Indian journal of veterinary science and animal husbandry - Volume 12,
Year: 1942
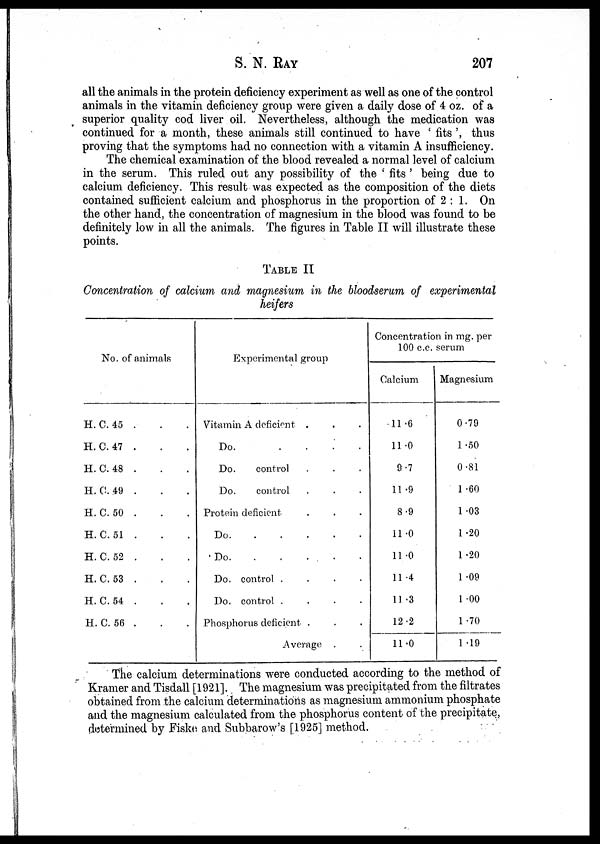
S. N. RAY 207
all the animals in the protein deficiency experiment as well as one of the control
animals in the vitamin deficiency group were given a daily dose of 4 oz. of a
superior quality cod liver oil. Nevertheless, although the medication was
continued for a month, these animals still continued to have ' fits ', thus
proving that the symptoms had no connection with a vitamin A insufficiency.
The chemical examination of the blood revealed a normal level of calcium
in the serum. This ruled out any possibility of the ' fits ' being due to
calcium deficiency. This result was expected as the composition of the diets
contained sufficient calcium and phosphorus in the proportion of 2 : 1. On
the other hand, the concentration of magnesium in the blood was found to be
definitely low in all the animals. The figures in Table II will illustrate these
points.
TABLE II
Concentration of calcium and magnesium in the bloodserum of experimental
heifers
No. of animals
H. C. 45 . . .
H. C. 47 . . .
H. C. 48 . . .
H. C. 49 . . .
H. C. 50. . .
H. C. 51 . . .
H. C. 52 . . .
H. C. 53 . . .
H. C. 54 . . .
H. C. 56. . .
Experimental group
Vitamin A deficient. . .
Do.
....
Do.
control ....
Do.
control ....
Protein deficient ....
Do
Do
Do. control
....
Do. control
....
Phosphorus deficient ...
Average....
Concentration in mg. per
100 c.c. serum
Calcium
11.6
11.0
9.7
11.9
8.9
11 .0
11 .0
11 .4
11 .3
12 .2
11.0
Magnesium
0 .79
1 .50
0 .81
1 .60
1 .03
1 .20
1 .20
1 .09
1 .00
1 .70
1 .19
The calcium determinations were conducted according to the method of
Kramer and Tisdall [1921]. The magnesium was precipitated from the filtrates
obtained from the calcium determinations as magnesium ammonium phosphate
and the magnesium calculated from the phosphorus content of the precipitate,
determined by Fiske and Subbarow's [1925] method.